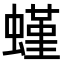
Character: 螼